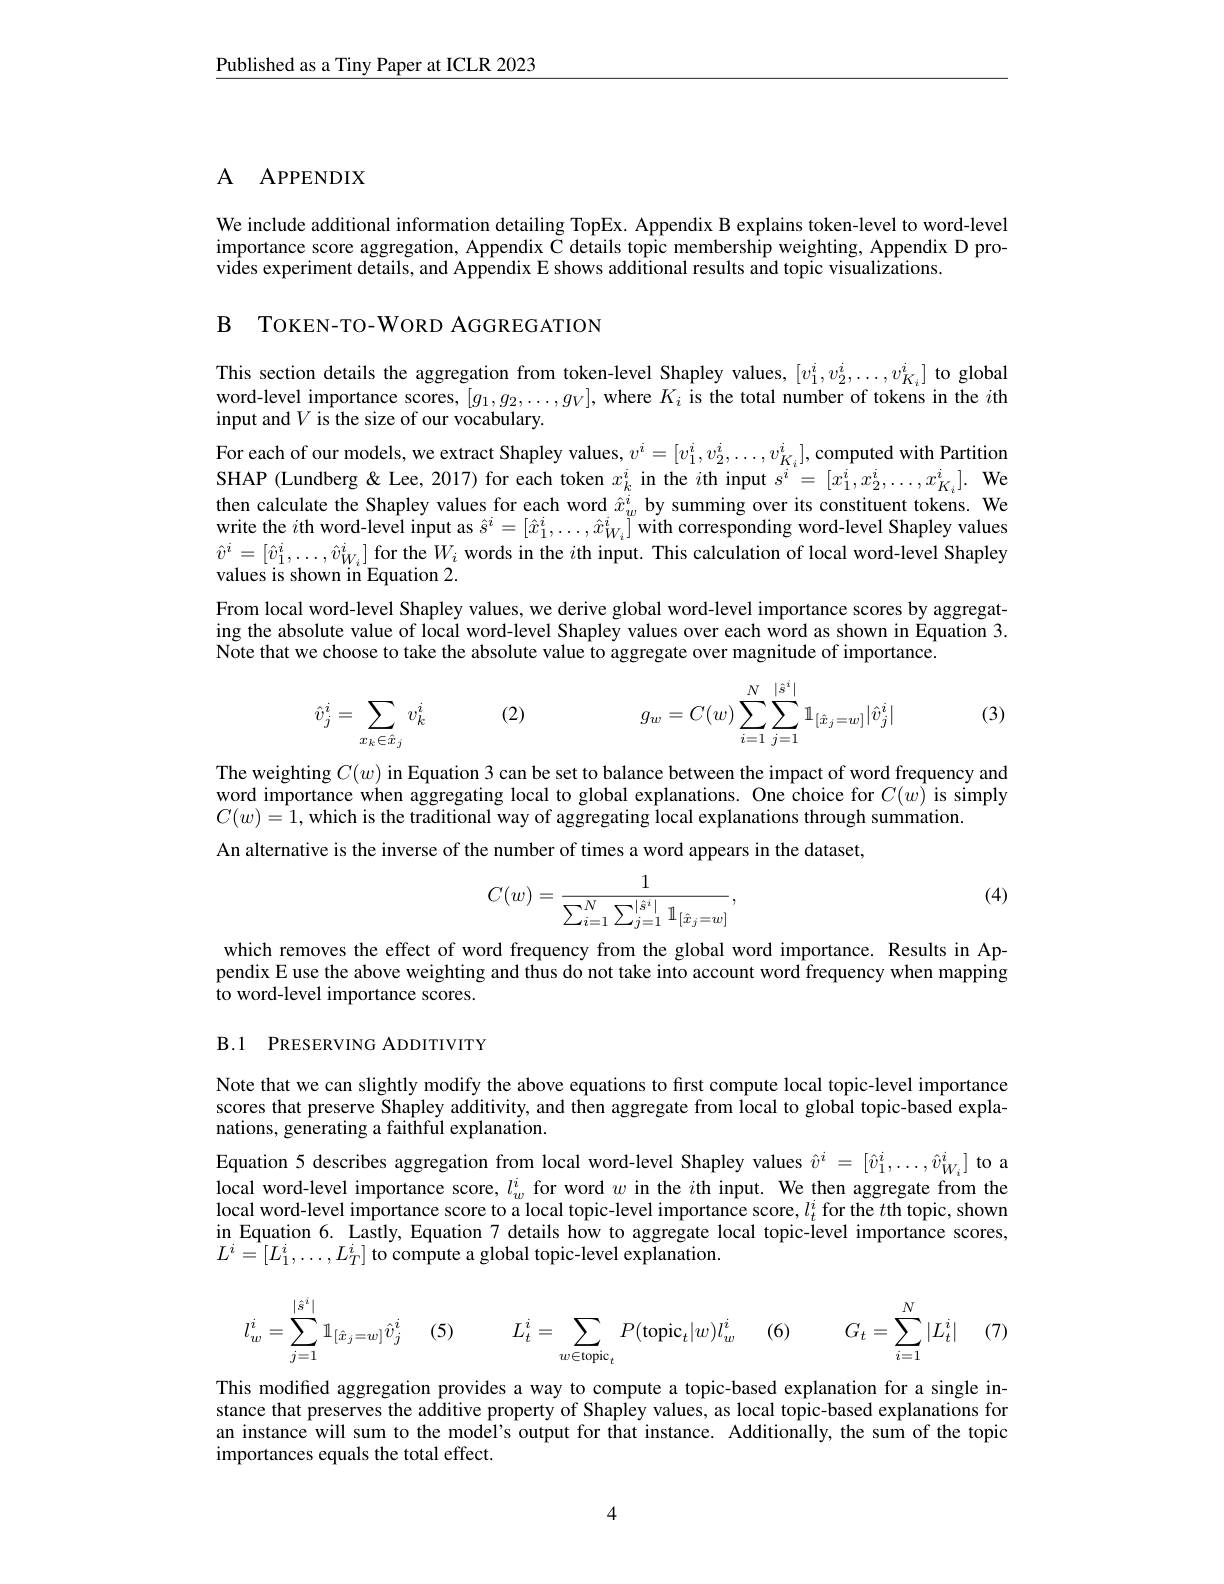
Published as a Tiny Paper at ICLR 2023

## A APPENDIX

We include additional information detailing TopEx. Appendix B explains token-level to word-level importance score aggregation, Appendix C details topic membership weighting, Appendix D provides experiment details, and Appendix E shows additional results and topic visualizations.

B TOKEN-TO-WORD AGGREGATION

This section details the aggregation from token-level Shapley values, $[v_1^i,v_2^i,\ldots,v_{K_i}^i]$ to global word-level importance scores, $[g_1,g_2,\ldots,g_V]$, where $K_i$ is the total number of tokens in the $i$th input and $V$ is the size of our vocabulary.
For each of our models, we extract Shapley values, $v^i=[v_1^i,v_2^i,\ldots,v_{K_i}^i]$, computed with Partition SHAP (Lundberg & Lee, 2017) for each token $x_k^i$ in the $i$th input $s^i=[x_1^i,x_2^i,\ldots,x_{K_i}^i].$ We then calculate the Shapley values for each word $\hat{x}_w^i$ by summing over its constituent tokens. We write the $i$th word-level input as $\hat{s}^i=[\hat{x}_1^i,\ldots,\hat{x}_{W_i}^i]$ with corresponding word-level Shapley values $\hat{v}^{i}=[\hat{v}_{1}^{i},\ldots,\hat{v}_{W_{i}}^{i}]$for the$W_i$ words in the $i$th input. This calculation of local word-level Shapley values is shown in Equation 2.
From local word-level Shapley values, we derive global word-level importance scores by aggregating the absolute value of local word-level Shapley values over each word as shown in Equation 3. Note that we choose to take the absolute value to aggregate over magnitude of importance.
$$\hat{v}_{j}^{i}=\sum_{x_{k}\in\hat{x}_{j}}v_{k}^{i}\quad(2)\quad g_{w}=C(w)\sum_{i=1}^{N}\sum_{j=1}^{|\hat{s}^{i}|}\mathbb{1}_{[\hat{x}_{j}=w]}|\hat{v}_{j}^{i}|$$
(3)

The weighting $C(w)$ in Equation 3 can be set to balance between the impact of word frequency and word importance when aggregating local to global explanations. One choice for $C(w)$ is simply $C(w)=\hat{1}$, which is the traditional way of aggregating local explanations through summation.
An alternative is the inverse of the number of times a word appears in the dataset

(4)
$$C(w)=\frac{1}{\sum_{i=1}^{N}\sum_{j=1}^{\left|\hat{s}^{i}\right|}\mathbb{1}_{\left[\hat{x}_{j}=w\right]}},$$
which removes the effect of word frequency from the global word importance. Results in Appendix E use the above weighting and thus do not take into account word frequency when mapping to word-level importance scores.

B.1 PRESERVING ADDITIVITY

Note that we can slightly modify the above equations to first compute local topic-level importance scores that preserve Shapley additivity, and then aggregate from local to global topic-based explanations, generating a faithful explanation.

Equation 5 describes aggregation from local word-level Shapley values $\hat{v}^i=[\hat{v}_1^i,\ldots,\hat{v}_{W_i}^i]$ to a

local word-level importance score, $l_w^i$ for word $w$ in the $i$th input. We then aggregate from the local word-level importance score to a local topic-level importance score, $l_t^i$ for the $t$th topic, shown in Equation 6. Lastly, Equation 7 details how to aggregate local topic-level importance scores, $L^{i}=[L_{1}^{i},\ldots,L_{T}^{i}]$ to compute a global topic-level explanation.
$$l_{w}^{i}=\sum_{j=1}^{|\hat{s}^{i}|}\mathbb{1}_{[\hat{x}_{j}=w]}\hat{v}_{j}^{i}\quad(5)\quad L_{t}^{i}=\sum_{w\in\text{topic}_{t}}P(\text{topic}_{t}|w)l_{w}^{i}\quad(6)\quad G_{t}=\sum_{i=1}^{N}|L_{t}^{i}|\quad(7)$$
This modified aggregation provides a way to compute a topic-based explanation for a single instance that preserves the additive property of Shapley values, as local topic-based explanations for an instance will sum to the model's output for that instance. Additionally, the sum of the topic importances equals the total effect.

4